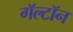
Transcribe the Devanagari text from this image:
गॅल्टॉन